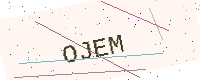
Text: OJEM